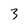
Character: 3